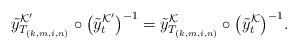
LaTeX: \begin{align*}\tilde{y}_{T_{(k,m,i,n)}}^{\mathcal{K}'} \circ \big(\tilde{y}_{t}^{\mathcal{K}'}\big)^{-1} = \tilde{y}_{T_{(k,m,i,n)}}^{\mathcal{K}} \circ \big(\tilde{y}_t^{\mathcal{K}}\big)^{-1}.\end{align*}